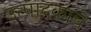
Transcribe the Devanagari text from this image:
उत्पादकांचे